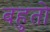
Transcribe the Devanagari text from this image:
बहुतो